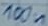
Text: 100n